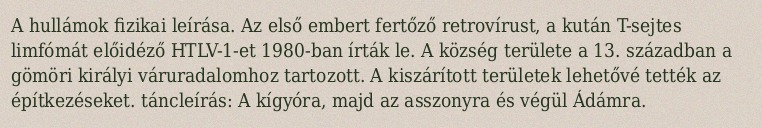
A hullámok fizikai leírása. Az első embert fertőző retrovírust, a kután T-sejtes limfómát előidéző HTLV-1-et 1980-ban írták le. A község területe a 13. században a gömöri királyi váruradalomhoz tartozott. A kiszárított területek lehetővé tették az építkezéseket. táncleírás: A kígyóra, majd az asszonyra és végül Ádámra.